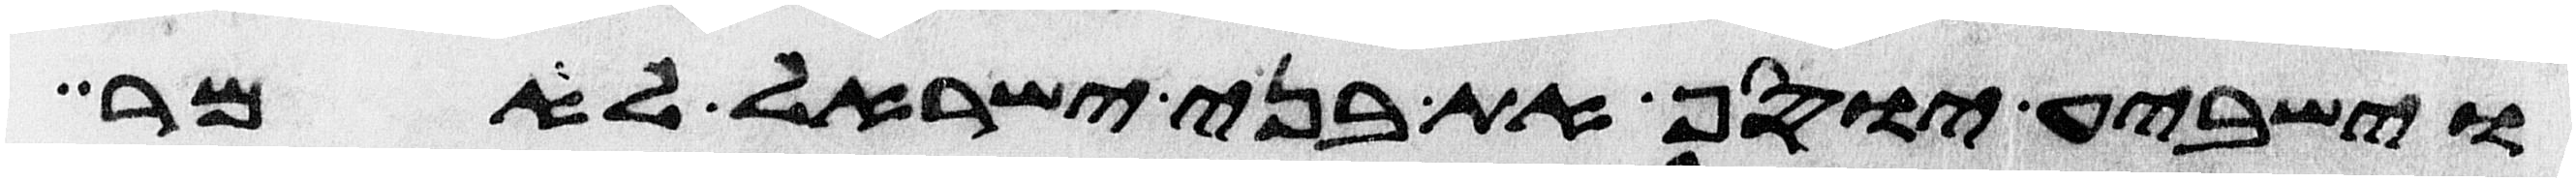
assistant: וישביע יוסף את בני ישראל לאמר